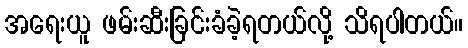
အရေးယူ ဖမ်းဆီးခြင်းခံခဲ့ရတယ်လို့ သိရပါတယ်။